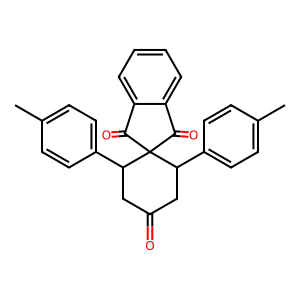
SMILES: Cc1ccc(C2CC(=O)CC(c3ccc(C)cc3)C23C(=O)c2ccccc2C3=O)cc1
Inhibits HIV replication: No